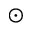
_ { \odot }